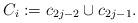
LaTeX: \begin{align*}C_i:=c_{2j-2} \cup c_{2j-1}.\end{align*}